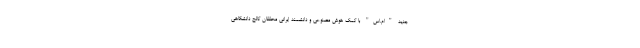
جدید "ام.اس" با کمک هوش مصنوعی و دانشمند ایرانی محققان کالج دانشگاهی